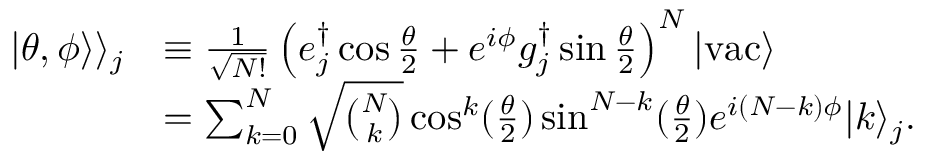
\begin{array} { r l } { | \theta , \phi \rangle \rangle _ { j } } & { \equiv \frac { 1 } { \sqrt { N ! } } \left( e _ { j } ^ { \dag } \cos \frac { \theta } { 2 } + e ^ { i \phi } g _ { j } ^ { \dag } \sin \frac { \theta } { 2 } \right) ^ { N } | \mathrm { v a c } \rangle } \\ & { = \sum _ { k = 0 } ^ { N } \sqrt { \binom { N } { k } } \cos ^ { k } ( \frac { \theta } { 2 } ) \sin ^ { N - k } ( \frac { \theta } { 2 } ) e ^ { i ( N - k ) \phi } | k \rangle _ { j } . } \end{array}